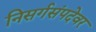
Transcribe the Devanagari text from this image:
निसर्गसंपदेवर